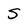
Character: S